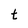
Character: t